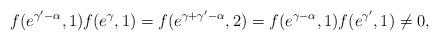
LaTeX: \begin{align*}f(e^{\gamma^{\prime}-\alpha},1)f(e^{\gamma},1)=f(e^{\gamma+\gamma^{\prime}-\alpha},2)=f(e^{\gamma-\alpha},1)f(e^{\gamma^{\prime}},1)\not =0,\end{align*}